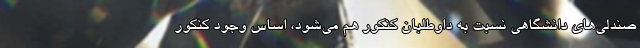
صندلی‌های دانشگاهی نسبت به داوطلبان کنکور هم می‌شود، اساس وجود کنکور